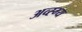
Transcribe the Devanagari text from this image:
अव्स्ग्य